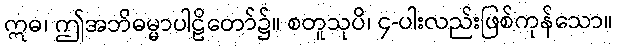
ဣဓ၊ ဤအဘိဓမ္မာပါဠိတော်၌။ စတူသုပိ၊ ၄-ပါးလည်းဖြစ်ကုန်သော။